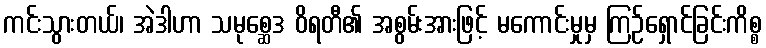
ကင်းသွားတယ်၊ အဲဒါဟာ သမုစ္ဆေဒ ဝိရတီ၏ အစွမ်းအားဖြင့် မကောင်းမှုမှ ကြဉ်ရှောင်ခြင်းကိစ္စ